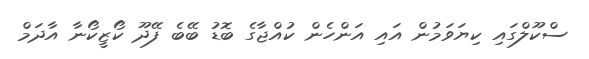
ސްކޫލްގައި ކިޔަވަމުން އައި އަންހެން ކުއްޖާގެ ބޮޑު ބޭބެ ފޭދޫ ކޯޒީކޯނާ އާދަމް